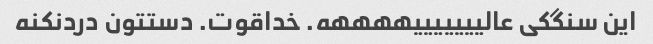
این سنگکی عالیییییییههههه. خداقوت. دستتون دردنکنه